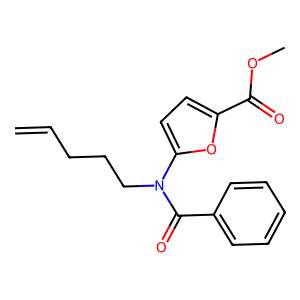
SMILES: C=CCCCN(C(=O)c1ccccc1)c1ccc(C(=O)OC)o1
Inhibits HIV replication: No